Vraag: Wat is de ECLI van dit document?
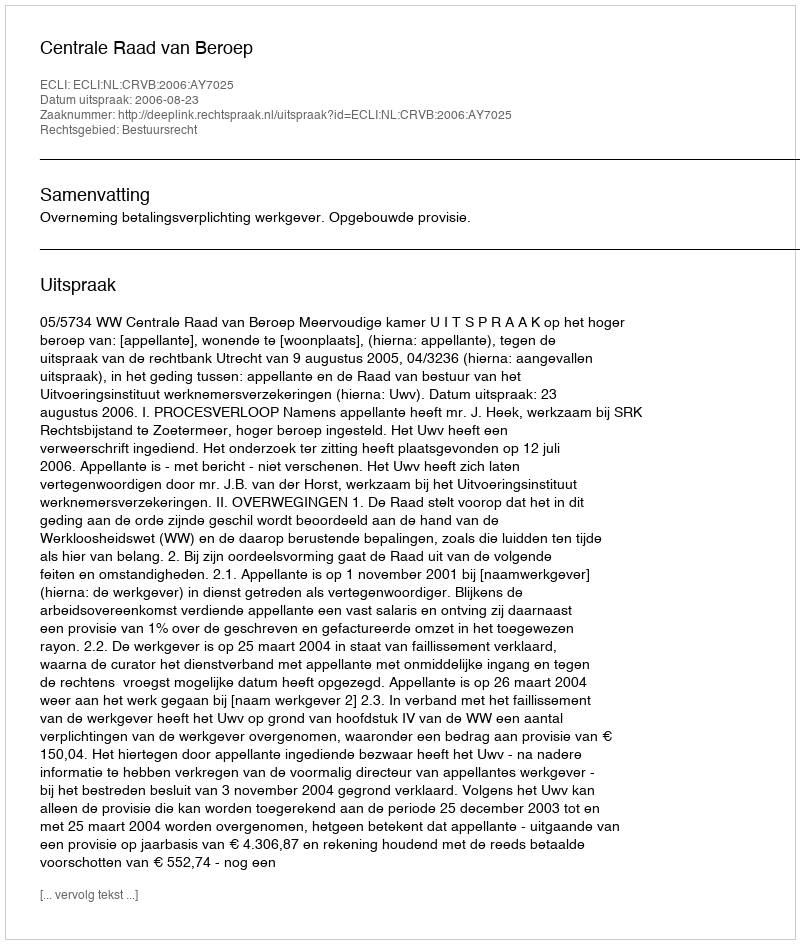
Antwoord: ECLI:NL:CRVB:2006:AY7025